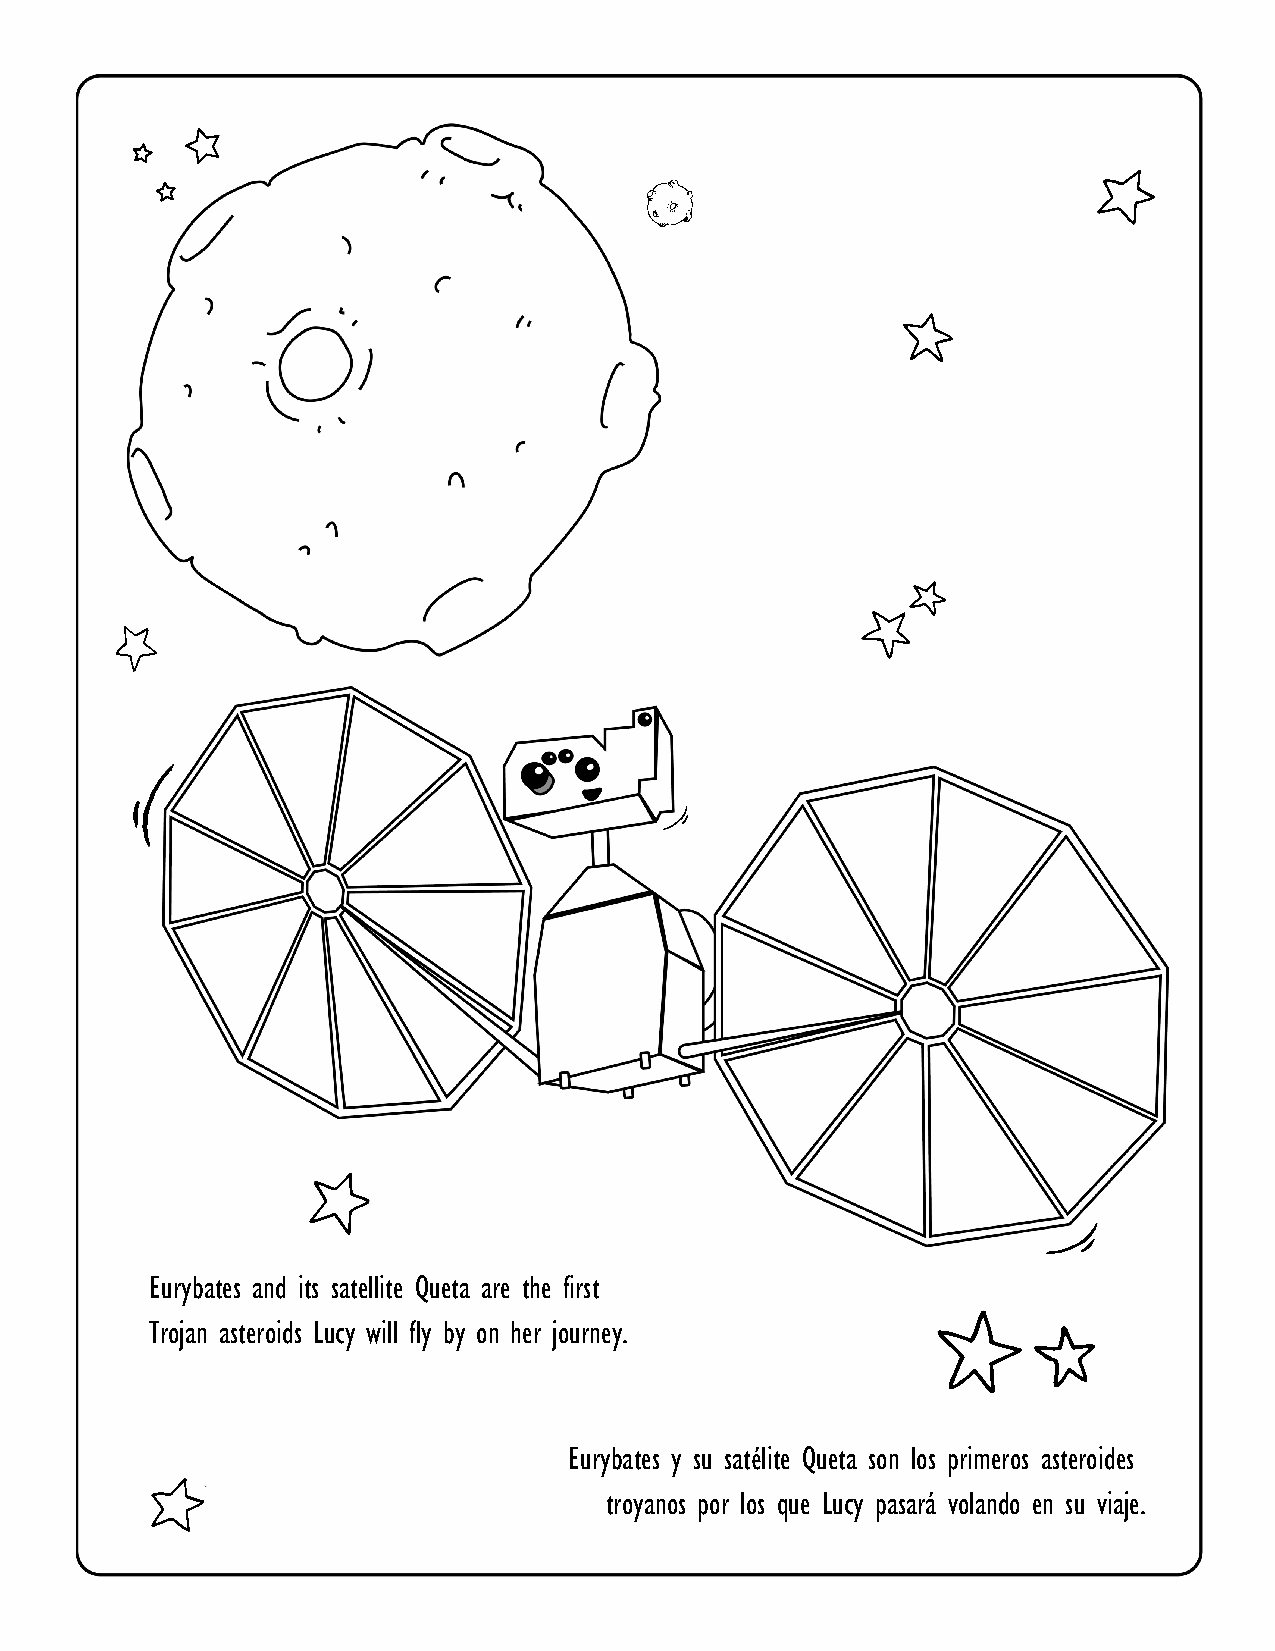
Eurybates and its satellite Queta are the first
 Trojan asteroids Lucy will fly by on her journey.
 Eurybates y su satélite Queta son los primeros asteroides
 troyanos por los que Lucy pasará volando en su viaje.